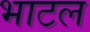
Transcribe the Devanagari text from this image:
भाटल